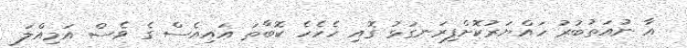
އާ ނުއަތުބުރު ހައްޔަރުކޮށްފިރަނގަޅު ގޮއި ހެހެހެ ކޮބާތަ އައިއެސް ގެ ވެސް އަމިއްލަ